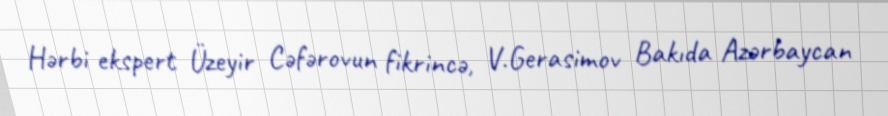
Hərbi ekspert Üzeyir Cəfərovun fikrincə, V.Gerasimov Bakıda Azərbaycan